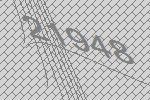
21948